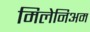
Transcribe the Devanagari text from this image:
मिलेनिअम